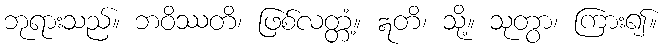
ဘုရားသည်။ ဘဝိဿတိ၊ ဖြစ်လတ္တံ့။ ဣတိ၊ သို့။ သုတွာ၊ ကြား၍။